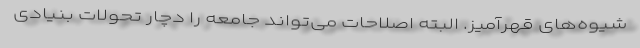
شیوه‌های قهرآمیز. البته اصلاحات می‌تواند جامعه را دچار تحولات بنیادی